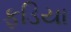
ફડિયા